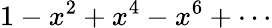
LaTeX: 1-x^{2}+x^{4}-x^{6}+\cdots